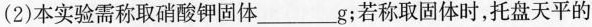
(2)本实验需称取硝酸钾固体___g；若称取固体时，托盘天平的